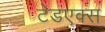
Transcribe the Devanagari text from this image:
टेडएक्स